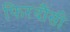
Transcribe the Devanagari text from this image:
फिरदौंसी